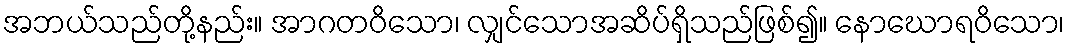
အဘယ်သည်တို့နည်း။ အာဂတဝိသော၊ လျှင်သောအဆိပ်ရှိသည်ဖြစ်၍။ နောဃောရဝိသော၊